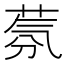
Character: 𱽰